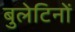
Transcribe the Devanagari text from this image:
बुलेटिनों